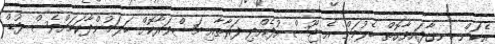
އެކަން ހިނގާފައިވާގޮތް ބެލުމަށް އެ ޖޫސް އުފެއްދި ފަރާތާއި މަޝްވަރާކޮށް ބަލަމުންދާކަމަށްވެސް ފުޑް